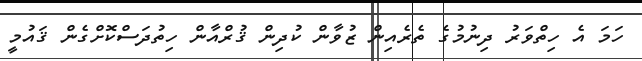
ހަމަ އެ ހިތްވަރު ދިނުމުގެ ތެރެއިން ޒުވާން ކުދިން ޤުރްއާން ހިތުދަސްކޮށްގެން ޤައުމީ